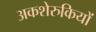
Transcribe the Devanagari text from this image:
अकशेरुकियों